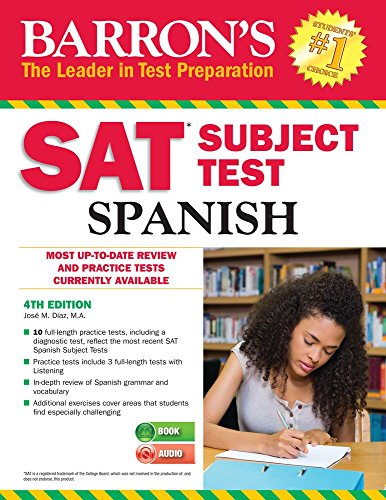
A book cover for Barron's SAT Subject Test Spanish, 4th Edition: with MP3 CD; JosÃ© DÃ­az M.A.; Test Preparation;